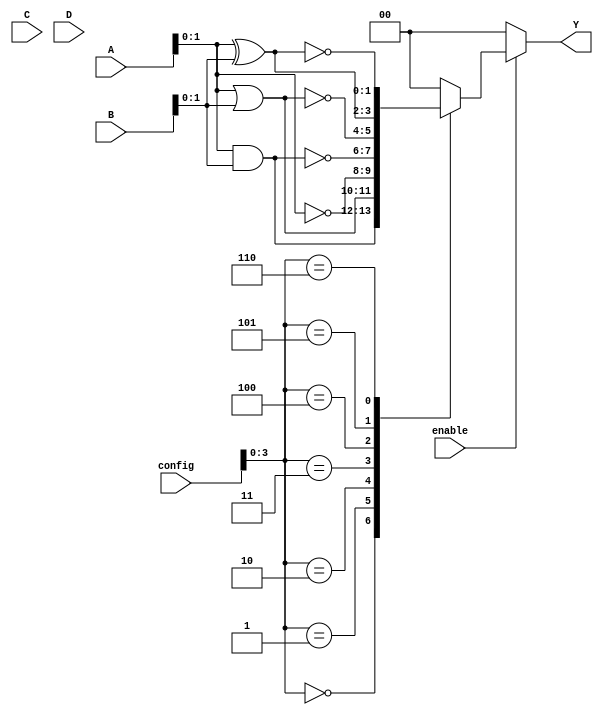
module CLB (
    input wire [3:0] A,       // 4 input signals
    input wire [3:0] B,       // 4 input signals
    input wire [3:0] C,       // 4 input signals
    input wire [3:0] D,       // 4 input signals
    input wire [7:0] config,  // Configuration bits for the logic functions
    input wire enable,         // Enable signal
    output reg [1:0] Y        // 2 output signals
);

// Internal signals
wire [3:0] mux_out;          // MUX output
reg [3:0] sram [0:15];       // SRAM array for storing configuration bits

// SRAM initialization (for simulation purposes)
initial begin
    // Example configuration for basic logic functions
    sram[0] = 4'b0000; // AND
    sram[1] = 4'b0001; // OR
    sram[2] = 4'b0010; // NOT
    sram[3] = 4'b0011; // NAND
    sram[4] = 4'b0100; // NOR
    sram[5] = 4'b0101; // XOR
    sram[6] = 4'b0110; // XNOR
    // Add more configurations as needed
end

// MUX logic to select based on SRAM configuration
always @(*) begin
    if (enable) begin
        case (config[3:0]) // Select configuration based on the lower 4 bits
            4'b0000: mux_out = A & B; // AND
            4'b0001: mux_out = A | B; // OR
            4'b0010: mux_out = ~A;     // NOT
            4'b0011: mux_out = ~(A & B); // NAND
            4'b0100: mux_out = ~(A | B); // NOR
            4'b0101: mux_out = A ^ B;  // XOR
            4'b0110: mux_out = ~(A ^ B); // XNOR
            // Add more cases for additional logic functions
            default: mux_out = 4'b0000; // Default to AND
        endcase
    end else begin
        mux_out = 4'b0000; // Output zero if not enabled
    end
end

// Output assignment
always @(*) begin
    Y[0] = mux_out[0]; // Assign output Y1
    Y[1] = mux_out[1]; // Assign output Y2
end

endmodule